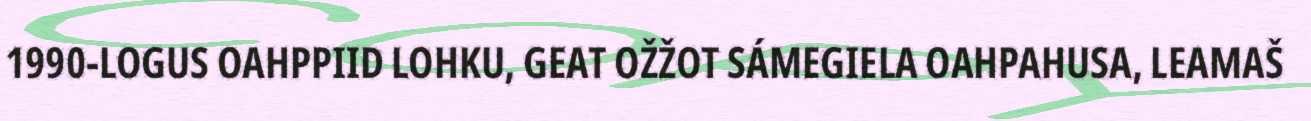
1990-LOGUS OAHPPIID LOHKU, GEAT OŽŽOT SÁMEGIELA OAHPAHUSA, LEAMAŠ